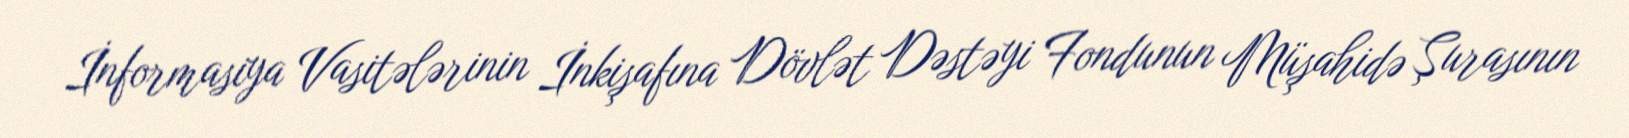
İnformasiya Vasitələrinin İnkişafına Dövlət Dəstəyi Fondunun Müşahidə Şurasının